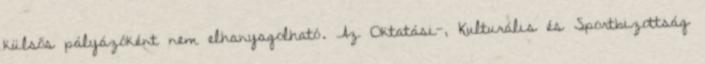
külsős pályázóként nem elhanyagolható. Az Oktatási-, Kulturális és Sportbizottság